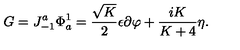
G = J _ { - 1 } ^ { a } \Phi _ { a } ^ { 1 } = { \frac { \sqrt { K } } { 2 } } \epsilon \partial \varphi + { \frac { i K } { K + 4 } } \eta { } .